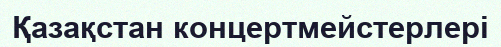
Қазақстан концертмейстерлері